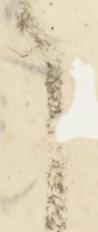
候